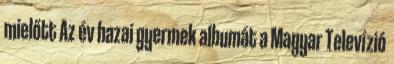
mielőtt Az év hazai gyermek albumát a Magyar Televízió